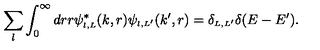
\sum _ { l } \int _ { 0 } ^ { \infty } d r r \psi _ { \scriptscriptstyle { l , L } } ^ { \ast } ( k , r ) \psi _ { \scriptscriptstyle { l , L ^ { \prime } } } ( k ^ { \prime } , r ) = \delta _ { \scriptscriptstyle { L , L ^ { \prime } } } \delta ( E - E ^ { \prime } ) .